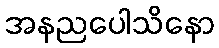
အနညပေါသိနော